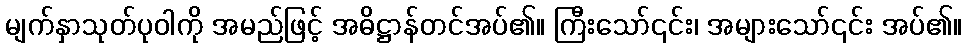
မျက်နှာသုတ်ပုဝါကို အမည်ဖြင့် အဓိဋ္ဌာန်တင်အပ်၏။ ကြီးသော်၎င်း၊ အများသော်၎င်း အပ်၏။